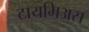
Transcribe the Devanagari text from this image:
टायमिअस